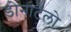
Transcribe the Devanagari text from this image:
डोनाटेलो